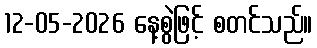
12-05-2026 နေ့စွဲဖြင့် စတင်သည်။